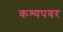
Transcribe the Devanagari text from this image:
कश्यपवर